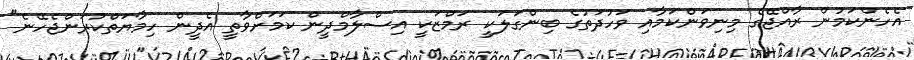
އެހެންކަމުން ރާއްޖޭގެ މިނިވަންކަމާއި ވަހުދަތުގެ ބިންގަލަކީ ރަމްޒަކީ އިސްލާމްދީން ކަމަށްވާތީ އެދީން ހިމާޔަތްކުރަންޖެހޭނެ"